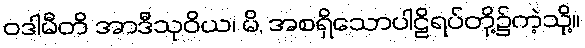
ဝဒါမီတိ အာဒီသုဝိယ၊ မိ, အစရှိသောပါဠိရပ်တို့၌ကဲ့သို့။